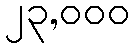
၂၃,၀၀၀